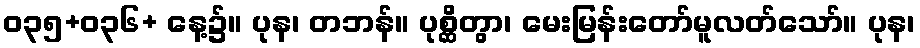
ဝ၃၅+ဝ၃၆+ နေ့၌။ ပုန၊ တဘန်။ ပုစ္ဆိတွာ၊ မေးမြန်းတော်မူလတ်သော်။ ပုန၊